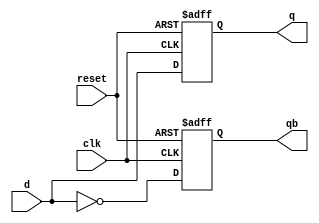
module dff_set(clk,reset,d,q,qb);
input  clk,reset;
input[31:0] d;
output[31:0]  q,qb;
reg[31:0] q,qb;
always @(posedge clk or negedge reset)
		begin if(!reset) begin
			q<=0;
			qb<=1;
		end
		else 
		begin
			q<=d;
			qb<=~d;
		end 
	end
endmodule